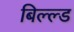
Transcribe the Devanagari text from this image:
बिल्ल्ड